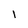
Character: i